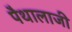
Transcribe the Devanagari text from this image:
पैथालाजी